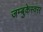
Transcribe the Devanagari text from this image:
जम्बुकेस्वरर